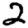
Digit: 2